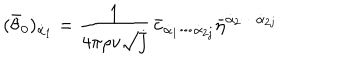
LaTeX: ( \bar { \theta } _ { 0 } ) _ { \dot { \alpha } _ { 1 } } = \frac { 1 } { 4 \pi \rho v \sqrt { j } } \, \bar { c } _ { \dot { \alpha } _ { 1 } \cdots \dot { \alpha } _ { 2 j } } \bar { \eta } ^ { \dot { \alpha } _ { 2 } \cdots \dot { \alpha } _ { 2 j } }